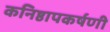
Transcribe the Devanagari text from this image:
कनिष्ठापकर्षणी